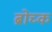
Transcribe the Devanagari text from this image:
ब्रोच्क